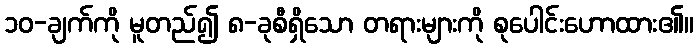
၁၀-ချက်ကို မူတည်၍ ၈-ခုစီရှိသော တရားများကို စုပေါင်းဟောထား၏။